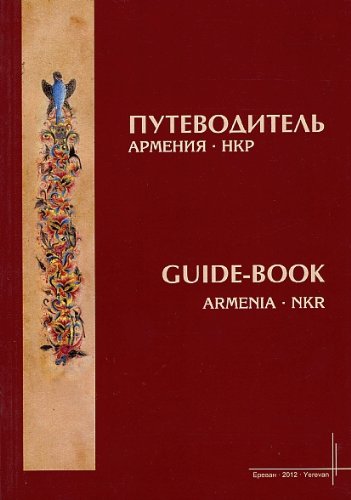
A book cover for Armenia - NKR (Nagorno-Karabagh Republic) Guide-Book; Ruzanna Mkrtchyan; Travel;